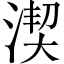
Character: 𣸲